Medical and sanitary report on the native army of Bombay for the year
Year: 1877
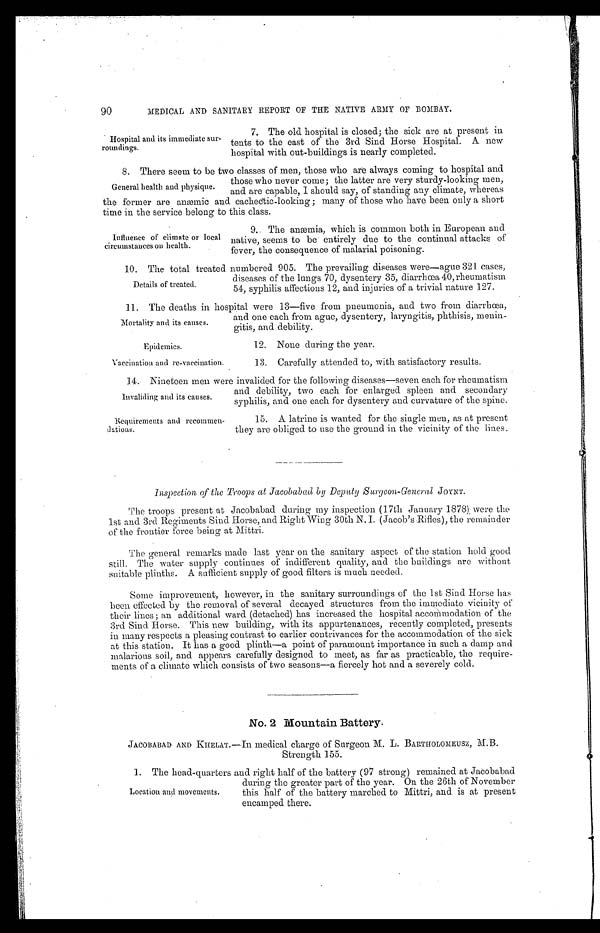
90
MEDICAL AND SANITARY REPORT OF THE NATIVE ARMY OF BOMBAY.
Hospital and its immediate sur
-
roundings.
7. The old hospital is closed; the sick are at present in
tents to the east of the 3rd Sind Horse Hospital. A new
hospital with out-buildings is nearly completed.
8. There seem to be two classes of men, those who are always coming to hospital and
those who never come; the latter are very sturdy-looking men,
and are capable, I should say, of standing any climate, whereas
t he f or mer ar e anæmi c and cachect i c- l ooki ng ; many of t hos e who have been onl y a s hor t
time in the service belong to this class.
General health and physique.
Influence of climate or local
circumstances on health.
9. The anæmia, which is common both in European and
native, seems to be entirely due to the continual attacks of
fever, the consequence of malarial poisoning.
1 0 . T h e t o t a l t r e a t e d n u m b e r e d 9 0 5 . T h e p r e v a i l i n g d i s e a s e s w e r e — a g u e 3 2 1 c a s e s ,
diseases of the lungs 70, dysentery 35, diarrhœa 40, rheumatism
54, syphilis affections 12, and injuries of a trivial nature 127.
1 1 . T h e d e a t h s i n h o s p i t a l w e r e 1 3 — f i v e f r o m p n e u m o n i a , a n d t w o f r o m d i a r r h œ a ,
and one each from ague, dysentery, laryngitis, phthisis, menin
-
gitis, and debility.
Details of treated.
Mortality and its causes.
Epidemics.
Vaccination and re-vaccination.
12. None during the year.
13. Carefully attended to, with satisfactory results.
14. Nineteen men were invalided for the following diseases—seven each for rheumatism
and debility, two each for enlarged spleen and secondary
syphilis, and one each for dysentery and curvature of the spine.
Invaliding and its causes.
Requirements and recommen
-
dations.
15. A latrine is wanted for the single men, as at present
they are obliged to use the ground in the vicinity of the lines.
Inspection of the Troops at Jacobabad by Deputy Surgeon-General JOYNT.
The troops present at Jacobabad during my inspection (17th January 1878), were the
1st and 3rd Regiments Sind Horse, and Right Wing 30th N. I. (Jacob's Rifles), the remainder
of the frontier force being at Mittri.
The general remarks made last year on the sanitary aspect of the station hold good
s t i l l . ' T h e w a t e r s u p p l y c o n t i n u e s o f i n d i f f e r e n t q u a l i t y , a n d t h e b u i l d i n g s a r e w i t h o u t
suitable plinths. A sufficient supply of good filters is much needed.
Some improvement, however, in the sanitary surroundings of the 1st Sind Horse has
been effected by the removal of several decayed structures from the immediate vicinity of
their lines ; an additional ward (detached) has increased the hospital accommodation of the
3rd Sind Horse. This new building, with its appurtenances, recently completed, presents
in many respects a pleasing contrast to earlier contrivances for the accommodation of the sick
at this station. It has a good plinth—a point of paramount importance in such a damp and
malarious soil, and appears carefully designed to meet, as far as practicable, the require
-
ments of a climate which consists of two seasons—a fiercely hot and a severely cold.
No. 2 Mountain Battery.
JACOBABAD AND KHELAT.—In medical charge of Surgeon M. L. BARTHOLOMEUSZ, M.B.
Strength 155.
1. The head-quarters and right half of the battery (97 strong) remained at Jacobabad
during the greater part of the year. On the 26th of November
this half of the battery marched to Mittri, and is at present
encamped there.
Location and movements.